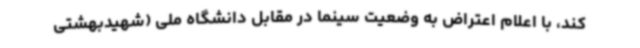
کند، با اعلام اعتراض به وضعیت سینما در مقابل دانشگاه ملی (شهیدبهشتی